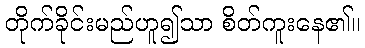
တိုက်ခိုင်းမည်ဟူ၍သာ စိတ်ကူးနေ၏။